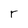
Character: r